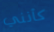
كأنني